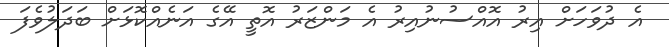
އެ ދުވަހަށް އިރު އޮއްސުނުއިރު އެ މަންޒަރު އޮތީ އޭގެ އަނެއްކޮޅަށް ބަދަލުވެފަ